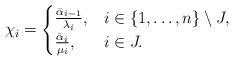
LaTeX: \begin{align*} \chi_i = \begin{cases} \frac{\bar \alpha_{i-1}}{\lambda_i}, & i\in \{1,\dots,n\}\setminus J, \\ \frac{\bar \alpha_i}{\mu_i},& i\in J. \end{cases}\end{align*}